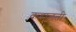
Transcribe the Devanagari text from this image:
कहालती